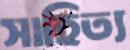
সাহিত্য